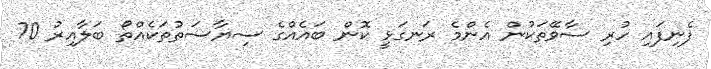
ފެނިފައި ހުރި ސާވޭތަކުން އެންމެ ރަނގަޅީ ކޮން ބައެއްގެ ސިޔާސަތުތަކެއްތޯ ބަލާއިރު 70